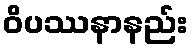
ဝိပဿနာနည်း